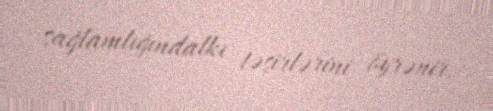
sağlamlığındalkı təsirlərini öyrənir.